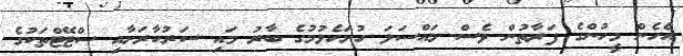
އެހެން މީހުންގެ ފަރާތުން ވެސް މައްސަލަ ހުށަހެޅުމުގެ ބާރު މައި ސަރުކާރަށާއި ސްޓޭޓްތަކުގެ